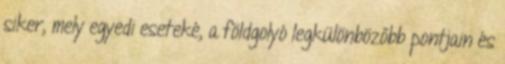
siker, mely egyedi eseteké, a földgolyó legkülönbözőbb pontjain és